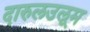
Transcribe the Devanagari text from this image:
दारुलउलूम